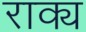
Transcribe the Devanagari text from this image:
राक्य